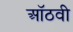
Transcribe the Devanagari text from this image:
ऑठवी